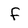
Character: f